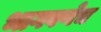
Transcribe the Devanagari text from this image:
भागवणेच